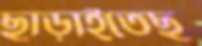
ছাড়াইতেছ